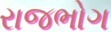
રાજભોગ